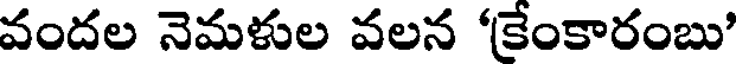
వందల నెమళుల వలన 'కేంకారంబు'